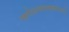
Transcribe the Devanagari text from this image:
खगोलशास्त्रज्ञांमध्ये